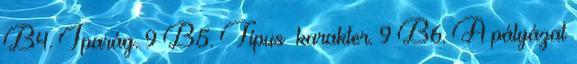
B4. Iparág. 9 B5. Típus karakter. 9 B6. A pályázat